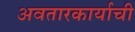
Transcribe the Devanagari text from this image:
अवतारकार्याची